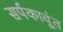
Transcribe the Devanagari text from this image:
सर्पकावूंत